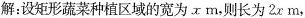
解：设矩形蔬菜种植区域的宽为x m，则长为2x m，